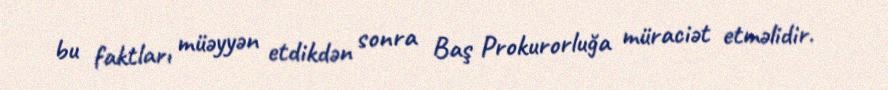
bu faktları müəyyən etdikdən sonra Baş Prokurorluğa müraciət etməlidir.